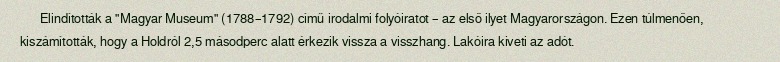
Elindították a "Magyar Museum" (1788–1792) című irodalmi folyóiratot – az első ilyet Magyarországon. Ezen túlmenően, kiszámították, hogy a Holdról 2,5 másodperc alatt érkezik vissza a visszhang. Lakóira kiveti az adót.